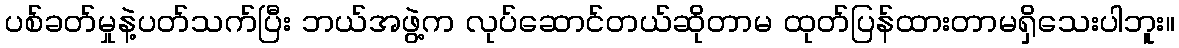
ပစ်ခတ်မှုနဲ့ပတ်သက်ပြီး ဘယ်အဖွဲ့က လုပ်ဆောင်တယ်ဆိုတာမ ထုတ်ပြန်ထားတာမရှိသေးပါဘူး။